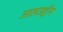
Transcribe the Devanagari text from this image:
आलउद्दीन